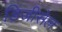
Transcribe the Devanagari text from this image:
डिजीसेल